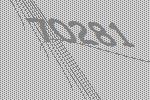
70281